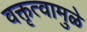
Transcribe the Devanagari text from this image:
वक्तृत्वामुळे